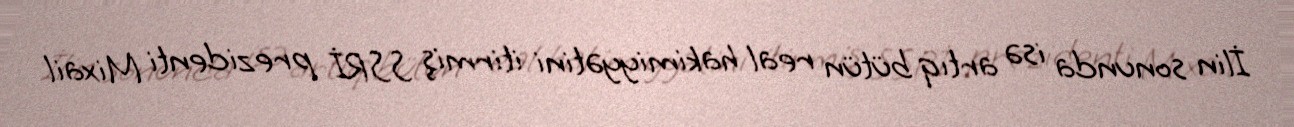
İlin sonunda isə artıq bütün real hakimiyyətini itirmiş SSRİ prezidenti Mixail